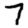
Digit: 7